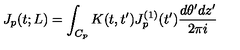
J _ { p } ( t ; L ) = \int _ { C _ { p } } K ( t , t ^ { \prime } ) J _ { p } ^ { ( 1 ) } ( t ^ { \prime } ) \frac { d \theta ^ { \prime } d z ^ { \prime } } { 2 \pi i }